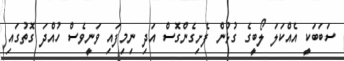
ސަބަބަކީ އެއްކަލަ ލޯބީގެ ގުޅުން ފެށިގެންގޮސް އަދި ނިމިފައި ވަނީވެސް ހުއްދަ ގޮތުގައި